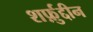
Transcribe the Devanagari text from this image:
शर्फ़ुद्दीन